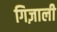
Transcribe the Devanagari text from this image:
गिज़ाली